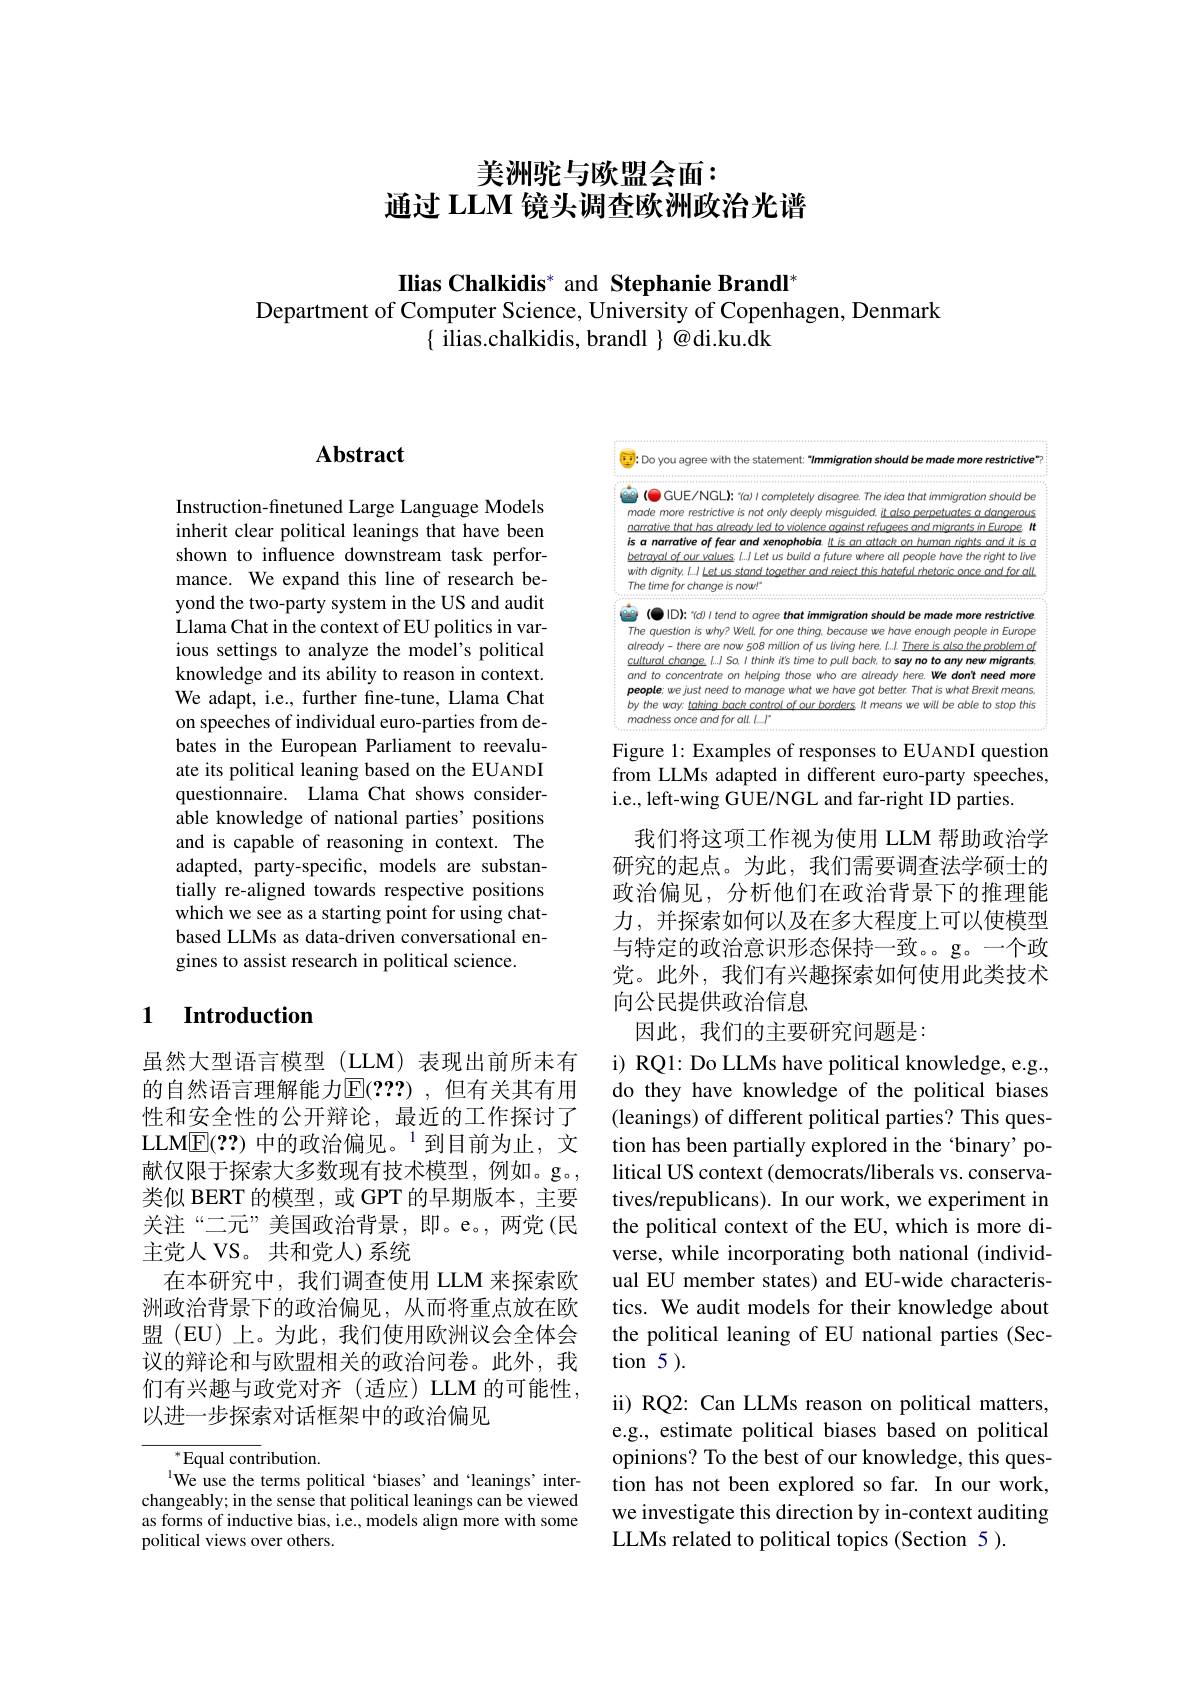
# 美洲驼与欧盟会面： 通过 LLM 镜头调查欧洲政治光谱

Ilias Chalkidis* and Stephanie Brandl'
Department of Computer Science, University of Copenhagen, Denmark
$\{$ ilias.chalkidis, brandl $\}@$di.ku.dk

# Abstract

Instruction-finetuned Large Language Models inherit clear political leanings that have been shown to influence downstream task performance. We expand this line of research beyond the two-party system in the US and audit Llama Chat in the context of EU politics in various settings to analyze the model's political knowledge and its ability to reason in context. We adapt, i.e., further fine-tune, Llama Chat on speeches of individual euro-parties from debates in the European Parliament to reevaluate its political leaning based on the EUANDI questionnaire. Llama Chat shows considerable knowledge of national parties' positions and is capable of reasoning in context. The adapted, party-specific, models are substantially re-aligned towards respective positions which we see as a starting point for using chatbased LLMs as data-driven conversational engines to assist research in political science.

## 1 $\textbf{Introduction}$

虽然大型语言模型(LLM)表现出前所未有的自然语言理解能力$\overline{\mathbb{E}}(???)$ ,但有关其有用性和安全性的公开辩论，最近的工作探讨了LLME(??) 中的政治偏见。$^{1}$到目前为止，文献仅限于探索大多数现有技术模型，例如。g。类似 BERT 的模型，或 GPT 的早期版本，主要关注“二元”美国政治背景，即。e。,两党(民主党人 VS。共和党人)系统
在本研究中，我们调查使用 LLM 来探索欧洲政治背景下的政治偏见，从而将重点放在欧盟 (EU) 上。为此，我们使用欧洲议会全体会议的辩论和与欧盟相关的政治问卷。此外，我们有兴趣与政党对齐(适应)LLM的可能性， 以进一步探索对话框架中的政治偏见

$^{*}$Equal contribution.
$^{\mathrm{l}}$We use the terms political 'biases' and‘leanings’interchangeably; in the sense that political leanings can be viewed as forms of inductive bias, i.e., models align more with some political views over others.

Do you agree with the statement; " Immigration should be made more restrictive"

$\textcircled{2}$ (O GUE/NGL): "(a) I completely disagree. The idea that immigration should be made more restrictive is not only deeply misguided, it also perpetuates a dangerous narrative that has alreadv led to violence aqainst refuqees and miqrants in Europe, It is a narrative of fear and xenophobia. ll is an attack on human riahts and it is a betrayal of our values. I....J Let us build a future where all people have the right to live with dignity, LJ Let us stand together and reiect this hateful rhetoric once and for all The time for change is now!"

$\textcircled{8}(0|D):$ "d01tend to agree that immigration should be made more restrictive The question is why? Well, for one thing. because we have enough people in Europe alreeady-there are now roos milion of us living here, l. There is aliso the problem of cultural chanse.l. So. I think tis time to pull bach. to say no to any new migrants. people; we just need to manage what we have got better. That is what Brexit means butha vans trhina hach contral af aur hardare lt moanc unuill ha abla ta ctan thic by the way; takina back control of our borders It means we will be able to stop this madness once and for all. LI"

Figure 1: Examples of responses to EUANDI question from LLMs adapted in different euro-party speeches, i.e., left-wing GUE/NGL and far-right ID parties.

我们将这项工作视为使用 LLM 帮助政治学研究的起点。为此，我们需要调查法学硕士的政治偏见，分析他们在政治背景下的推理能力，并探索如何以及在多大程度上可以使模型与特定的政治意识形态保持一致。。一个政党。此外，我们有兴趣探索如何使用此类技术向公民提供政治信息

因此，我们的主要研究问题是：
i) RQ1: Do LLMs have political knowledge, e.g., do they have knowledge of the political biases (leanings) of different political parties? This question has been partially explored in the ‘binary’ political US context (democrats/liberals vs. conservatives/republicans). In our work, we experiment in the political context of the EU, which is more diverse, while incorporating both national (individual EU member states) and EU-wide characteristics. We audit models for their knowledge about the political leaning of EU national parties (Section 5 ).
ii) RQ2: Can LLMs reason on political matters,

e.g., estimate political biases based on political opinions? To the best of our knowledge, this question has not been explored so far. In our work, we investigate this direction by in-context auditing LLMs related to political topics (Section 5 ).